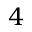
4